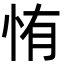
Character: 㤢